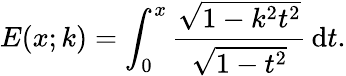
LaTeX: E(x;k)=\int_{0}^{x}{\frac{\sqrt{1-k^{2}t^{2}}}{\sqrt{1-t^{2}}}}\, \mathrm{d}t.